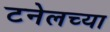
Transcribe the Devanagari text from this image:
टनेलच्या